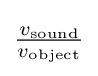
{\tfrac {v_{\text{sound}}}{v_{\text{object}}}}